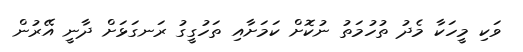
ވަކި މީހަކާ މެދު ތުހުމަތު ނުކޮށް ކަމަށާއި ތަހުގީގު ރަނގަޅަށް ދާނީ އޭރުން